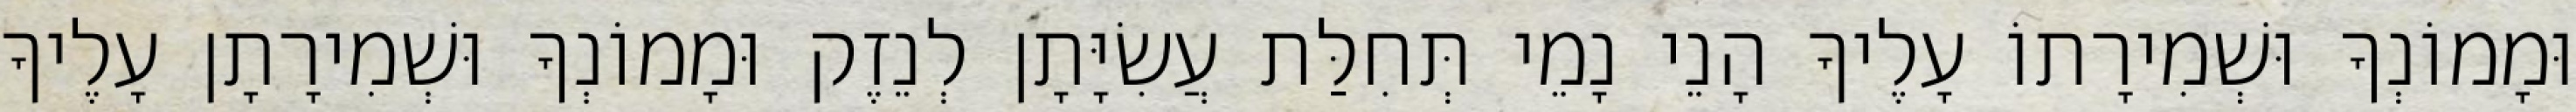
וּמָמוֹנְךָ וּשְׁמִירָתוֹ עָלֶיךָ הָנֵי נָמֵי תְּחִלַּת עֲשִׂיָּתָן לְנֵזֶק וּמָמוֹנְךָ וּשְׁמִירָתָן עָלֶיךָ